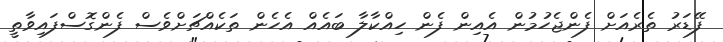
ފޭޑަރު ތެރެއަށް ފެންޖެހުމުން އެއިން ފެން ހިއްކާލާ ބައެއް އެހެން ތަކެއްޗަށްވެސް ފެންގޮސްފައިވާތީ